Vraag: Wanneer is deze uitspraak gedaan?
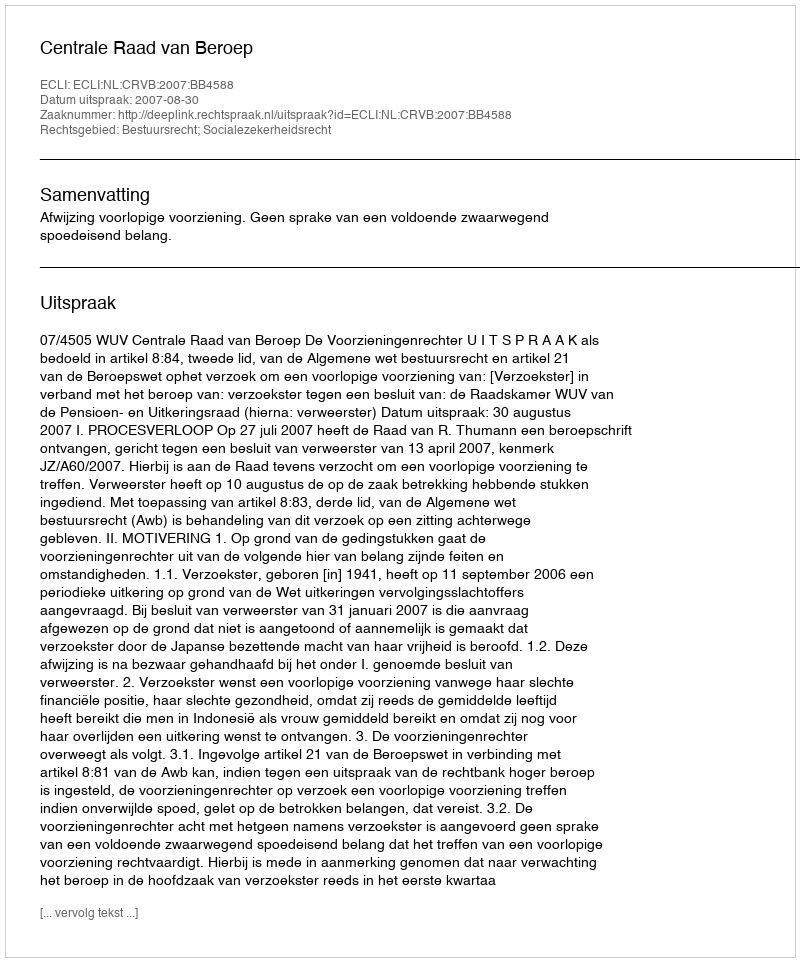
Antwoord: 2007-08-30